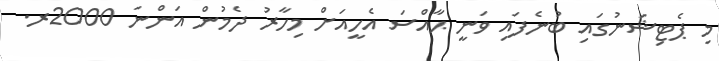
މި ޕެޓިޝަނުގައި ބުނެފައި ވަނީ ޙާއްސަ އެހީއަށް މިހާރު ދެމުން އަންނަ 2000ރ.